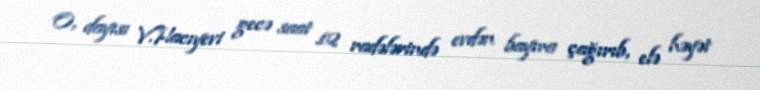
O, dayısı V.Hacıyevi gecə saat 12 radələrində evdən bayıra çağırıb, elə həyət